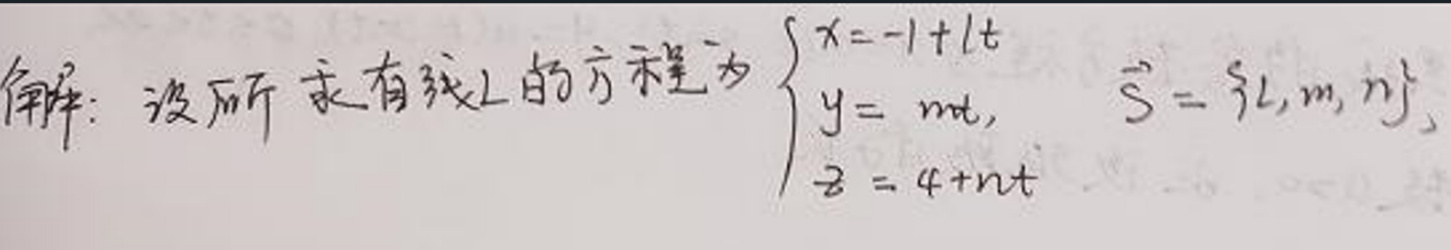
解：设所求直线 \(L\) 的方程为 \(\begin{cases}x = -1 + lt \\ y = mt \\ z = 4+nt\end{cases}\)，\(\vec{s}=\{l,m,n\}\)。